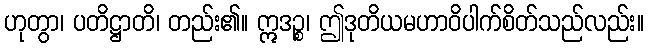
ဟုတွာ၊ ပတိဋ္ဌာတိ၊ တည်း၏။ ဣဒဉ္စ၊ ဤဒုတိယမဟာဝိပါက်စိတ်သည်လည်း။